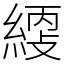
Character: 䌄